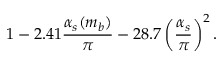
1 - 2 . 4 1 \frac { \alpha _ { s } ( m _ { b } ) } { \pi } - 2 8 . 7 \left( \frac { \alpha _ { s } } { \pi } \right) ^ { 2 } .